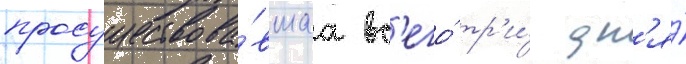
просуществова́вшаа вс'его́ тр'и́ дн'я́